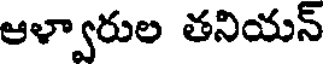
ఆళ్వారుల తనియన్